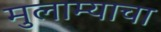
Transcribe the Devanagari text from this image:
मुलाम्याचा